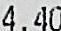
4.40